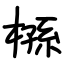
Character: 槂